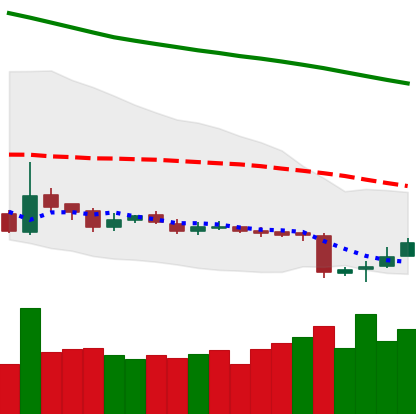
Ticker: LTC-USD
Chart end date: 2018-11-02
Forward return: 5.568%
Label: up_5_7